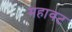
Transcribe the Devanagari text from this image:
महावट